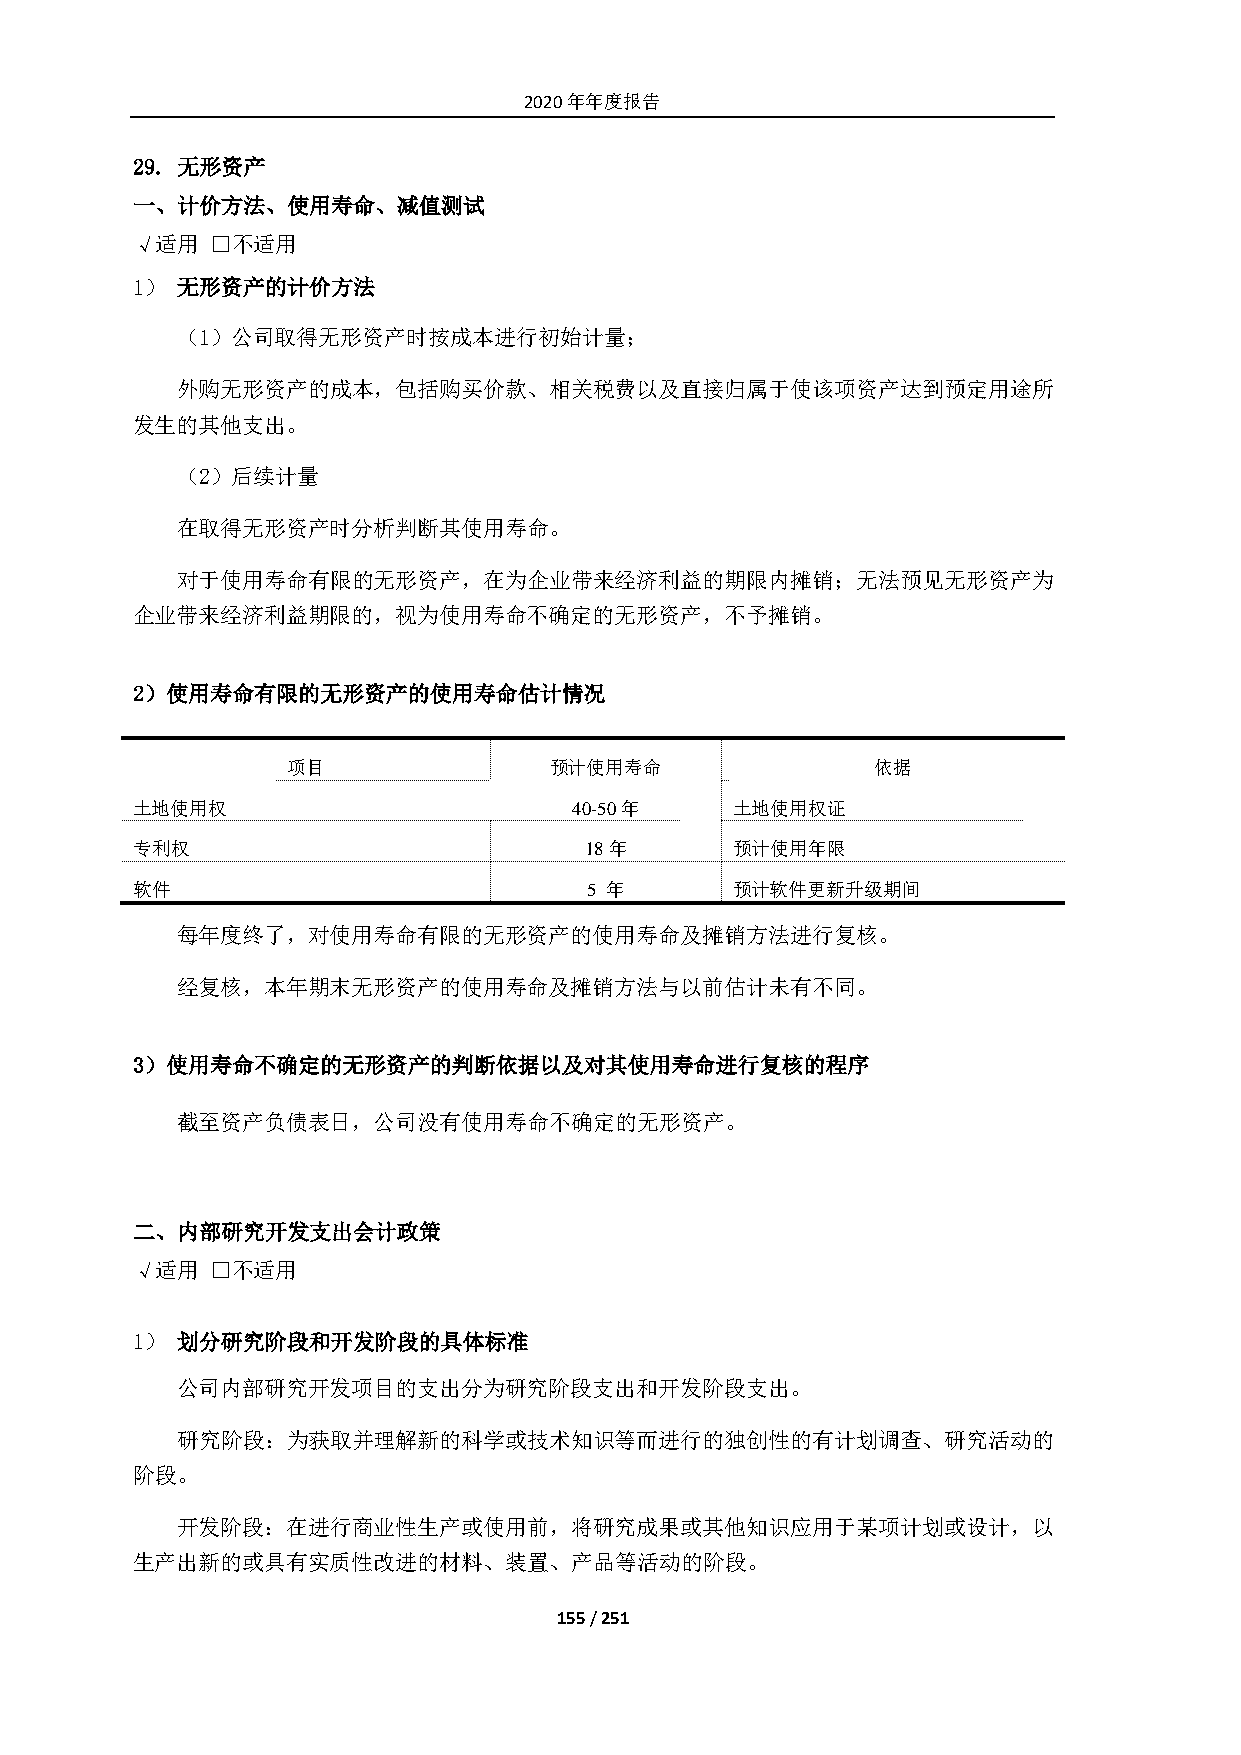
2020年年度报告
 29. 无形资产
 一、计价方法、使用寿命、减值测试
 √适用  □不适用
 1） 无形资产的计价方法
 （1）公司取得无形资产时按成本进行初始计量；
 外购无形资产的成本，包括购买价款、相关税费以及直接归属于使该项资产达到预定用途所
 发生的其他支出。
 （2）后续计量
 在取得无形资产时分析判断其使用寿命。
 对于使用寿命有限的无形资产，在为企业带来经济利益的期限内摊销；无法预见无形资产为
 企业带来经济利益期限的，视为使用寿命不确定的无形资产，不予摊销。
 2）使用寿命有限的无形资产的使用寿命估计情况
 项目               预计使用寿命                依据
 土地使用权                        40-50年    土地使用权证
 专利权                           18年      预计使用年限
 软件                            5 年      预计软件更新升级期间
 每年度终了，对使用寿命有限的无形资产的使用寿命及摊销方法进行复核。
 经复核，本年期末无形资产的使用寿命及摊销方法与以前估计未有不同。
 3）使用寿命不确定的无形资产的判断依据以及对其使用寿命进行复核的程序
 截至资产负债表日，公司没有使用寿命不确定的无形资产。
 二、内部研究开发支出会计政策
 √适用  □不适用
 1） 划分研究阶段和开发阶段的具体标准
 公司内部研究开发项目的支出分为研究阶段支出和开发阶段支出。
 研究阶段：为获取并理解新的科学或技术知识等而进行的独创性的有计划调查、研究活动的
 阶段。
 开发阶段：在进行商业性生产或使用前，将研究成果或其他知识应用于某项计划或设计，以
 生产出新的或具有实质性改进的材料、装置、产品等活动的阶段。
 155 / 251